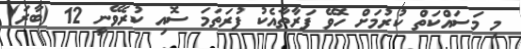
މި މަސައްކަތް ކުރުމަށް ހޮވޭ ފަރާތާއެކު ފުރަތަމަ ސޮއި ކުރެވޭނީ 12 (ބާރަ)